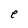
Character: e